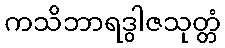
ကသိဘာရဒွါဇသုတ္တံ